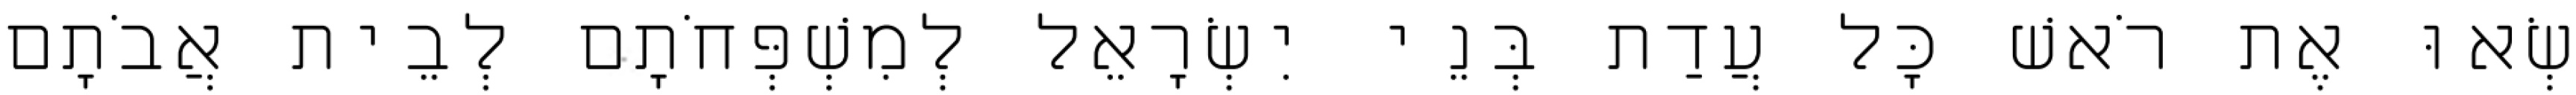
שְׂאוּ אֶת רֹאשׁ כָּל עֲדַת בְּנֵי יִשְׂרָאֵל לְמִשְׁפְּחֹתָם לְבֵית אֲבֹתָם